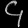
Digit: ၄